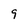
Character: 9